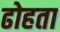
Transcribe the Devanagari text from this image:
ढोहता